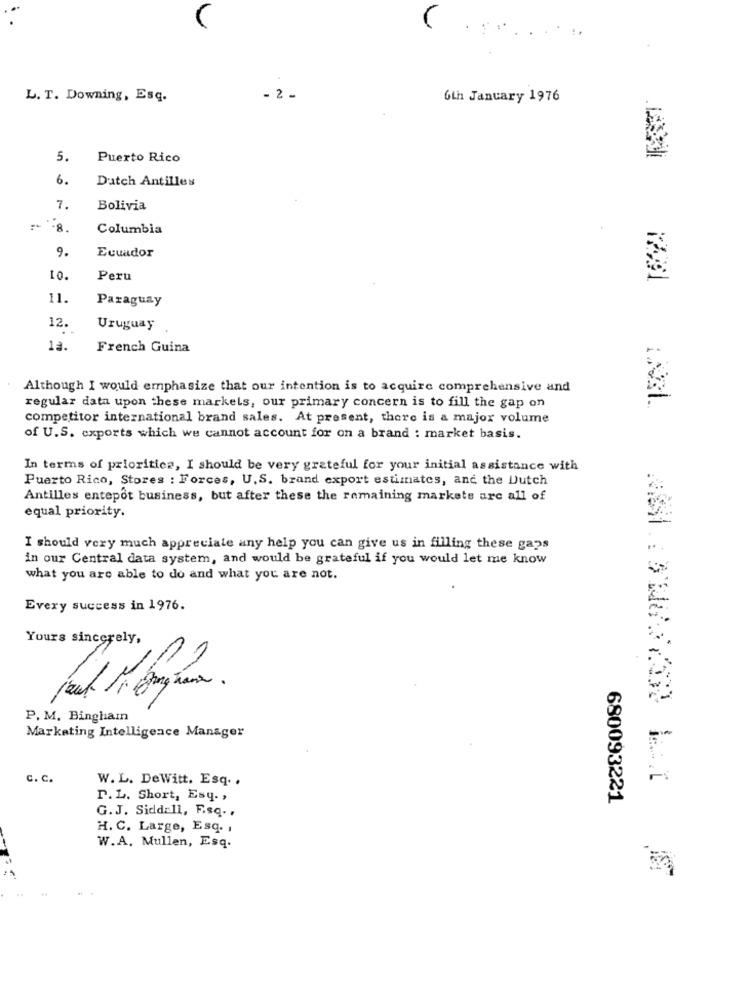
L. T. Downing, Esq.
- 2 -
6th January 1976
5.
Puerto Rico
6.
Datch Antilles
7.
Bolivia
-8.
Columbia
9.
Ecuador
10.
Peru
11.
Paraguay
12.
Uruguay
1a.
French Guina
Although I would emphasize that our intention is to acquire comprehensive and
regular data upon these markels, our primary concern is to fill the gap on
competitor international brand sales. At present, there is a major volume
of U.S. exports which we cannot account for on a brand : market basis.
In terms of prioritica, I should be very grateful for your initial assistance with
Puerto Rico, Stores : Forces, U.S. brand export estimates, and the Dutch
Antilles entepot business, but after these the remaining markets are all of
equal priority.
I should very much appreciate any help you can give us in filling these gaps
in our Central data system, and would be grateful if you would let me know
what you are able to do and what you are not.
Every success in 1976.
Yours sincerely,
P. M. Bingham
Marketing Intelligence Manager
c. C.
W. L. DeWitt. Esq ..
P. L. Short, Esy .,
680093221
G.J. Siddall, F.sq .,
H. C. Large, Esq. ,
W.A. Mullen, Esq.